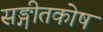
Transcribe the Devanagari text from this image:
सङ्गीतकोष